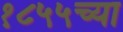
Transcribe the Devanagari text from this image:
१८५५च्या